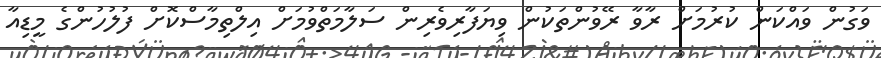
ވަގުން ވައްކަން ކުރުމަށް ރާވާ ރޭވުންތަކުން ވިޔަފާރިވެރިން ސަލާމަތްވުމަށް އިލްތިމާސްކޮށް ފުލުހުންގެ މީޑިއާ